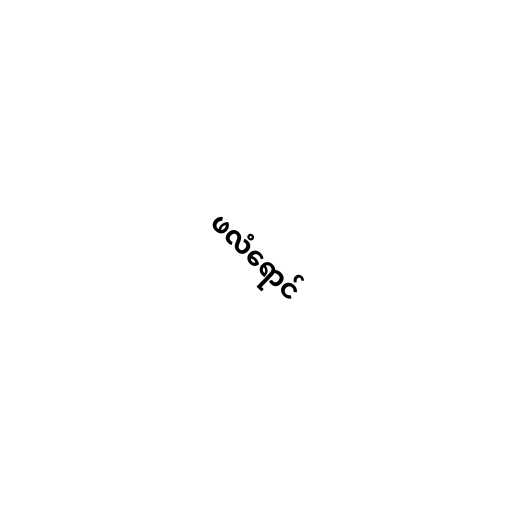
ဖလံရောင်